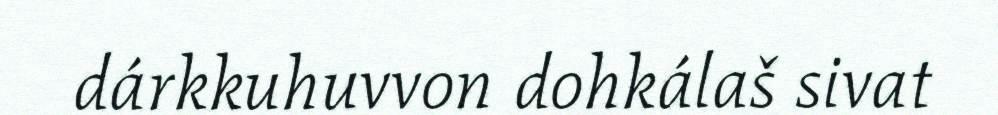
dárkkuhuvvon dohkálaš sivat